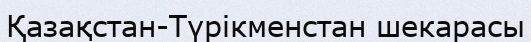
Қазақстан-Түрікменстан шекарасы